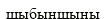
шыбыншыны